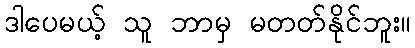
ဒါပေမယ့် သူ ဘာမှ မတတ်နိုင်ဘူး။